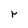
Character: r